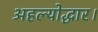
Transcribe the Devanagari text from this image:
अहल्योद्धार।